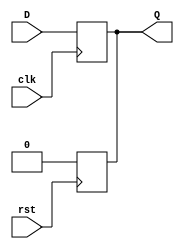
module DFF (
    output reg Q, 
    input D, clk, rst
);

always @(posedge clk ) Q<=D;
always @(negedge rst) Q<=1'b0;

endmodule